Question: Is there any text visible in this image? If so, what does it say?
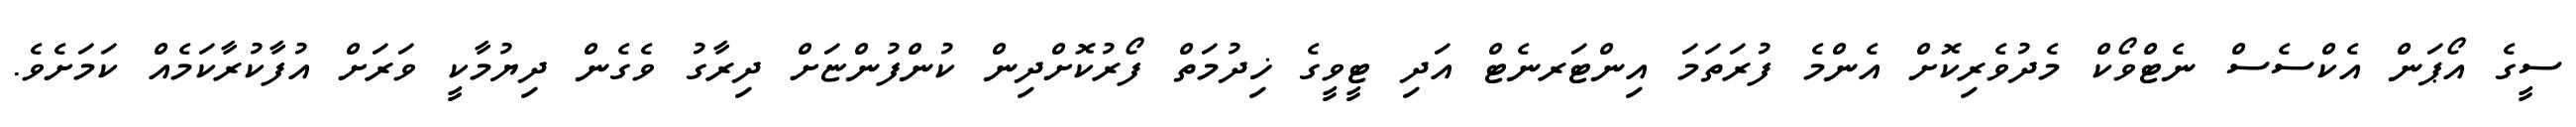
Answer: ސީގެ އޯޕަން އެކްސެސް ނެޓްވޯކް މެދުވެރިކޮށް އެންމެ ފުރަތަމަ އިންޓަރނެޓް އަދި ޓީވީގެ ޚިދުމަތް ފޯރުކޮށްދިން ކުންފުންޏަށް ދިރާގު ވެގެން ދިޔުމާކީ ވަރަށް އުފާކުރާކަމެއް ކަމަށެވެ.